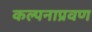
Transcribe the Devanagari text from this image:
कल्पनाप्रवण